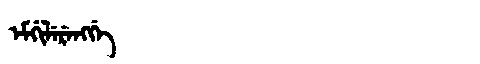
Manchu: ᡝᠮᡤᡳᠯᡝᡵᡝᠩᡤᡝ
Romanization: EMGILERENGGE